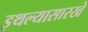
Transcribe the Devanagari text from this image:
इथल्यासारखे